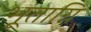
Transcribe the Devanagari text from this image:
भूताग्नि